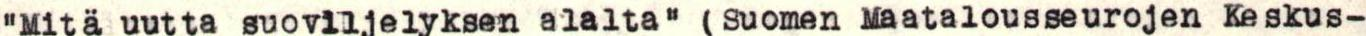
"Mitä uutta suoviljelyksen alalta" (Suomen Maatalousseurojen Keskus-